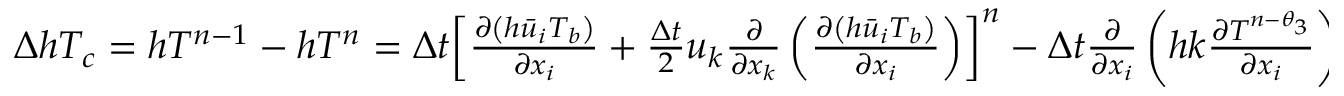
\begin{array} { r } { \Delta h { { T } _ { c } } = h { { T } ^ { n - 1 } } - h { { T } ^ { n } } = \Delta t { { \left[ \frac { \partial \left( h { { { \bar { u } } } _ { i } } T _ { b } \right) } { \partial { { x } _ { i } } } + \frac { \Delta t } { 2 } { { u } _ { k } } \frac { \partial } { \partial { { x } _ { k } } } \left( \frac { \partial \left( h { { { \bar { u } } } _ { i } } T _ { b } \right) } { \partial { { x } _ { i } } } \right) \right] } ^ { n } } - \Delta t \frac { \partial } { \partial { { x } _ { i } } } \left( h k \frac { \partial { { T } ^ { n - { { \theta } _ { 3 } } } } } { \partial { { x } _ { i } } } \right) } \end{array}